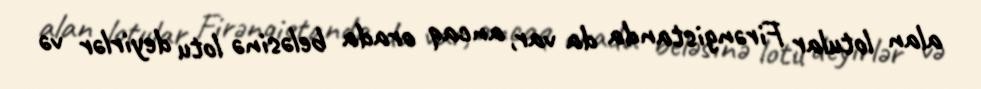
alan lotular Firəngistanda da var, ancaq orada beləsinə lotu deyirlər və